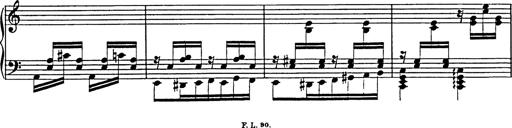
Title: Galop in A minor
Composer: Franz Liszt
Key: A minor